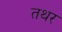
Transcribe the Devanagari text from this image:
तथर